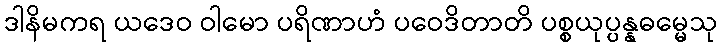
ဒါနိမကရ ယဒေဝ ဝါမော ပရိဏာဟံ ပဝေဒိတာတိ ပစ္စယုပ္ပန္နဓမ္မေသု